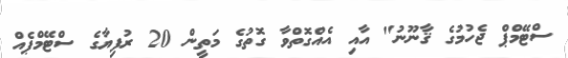
ސްޓޭމްޕް ޖެހުމުގެ ޤާނޫނު" އާއި އެއްގޮތްވާ ގޮތުގެ މަތީން 20 ރުފިޔާގެ ސްޓޭމްޕެއް